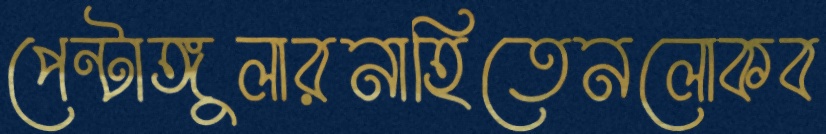
পেন্টাঙ্গুলারনাহিতেনলোকব